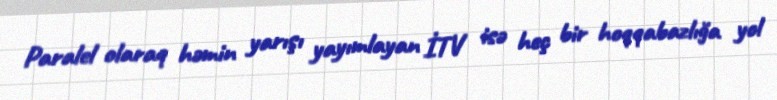
Paralel olaraq həmin yarışı yayımlayan İTV isə heç bir hoqqabazlığa yol